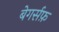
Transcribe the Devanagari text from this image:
बेगर्सफ़